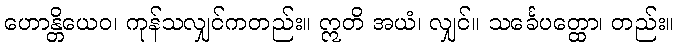
ဟောန္တိယေဝ၊ ကုန်သလျှင်ကတည်း။ ဣတိ အယံ၊ လျှင်။ သင်္ခေပတ္ထော၊ တည်း။